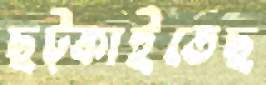
ছট্‌কাইতেছ